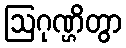
ဩဂုဏ္ဌိတွာ